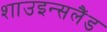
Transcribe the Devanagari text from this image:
शाउइन्सलैंड